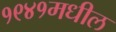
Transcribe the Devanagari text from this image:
१९४१मधील